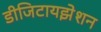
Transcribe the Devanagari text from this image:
डीजिटायझेशन